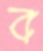
ব